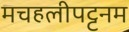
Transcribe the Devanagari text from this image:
मचहलीपट्टनम